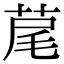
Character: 荱